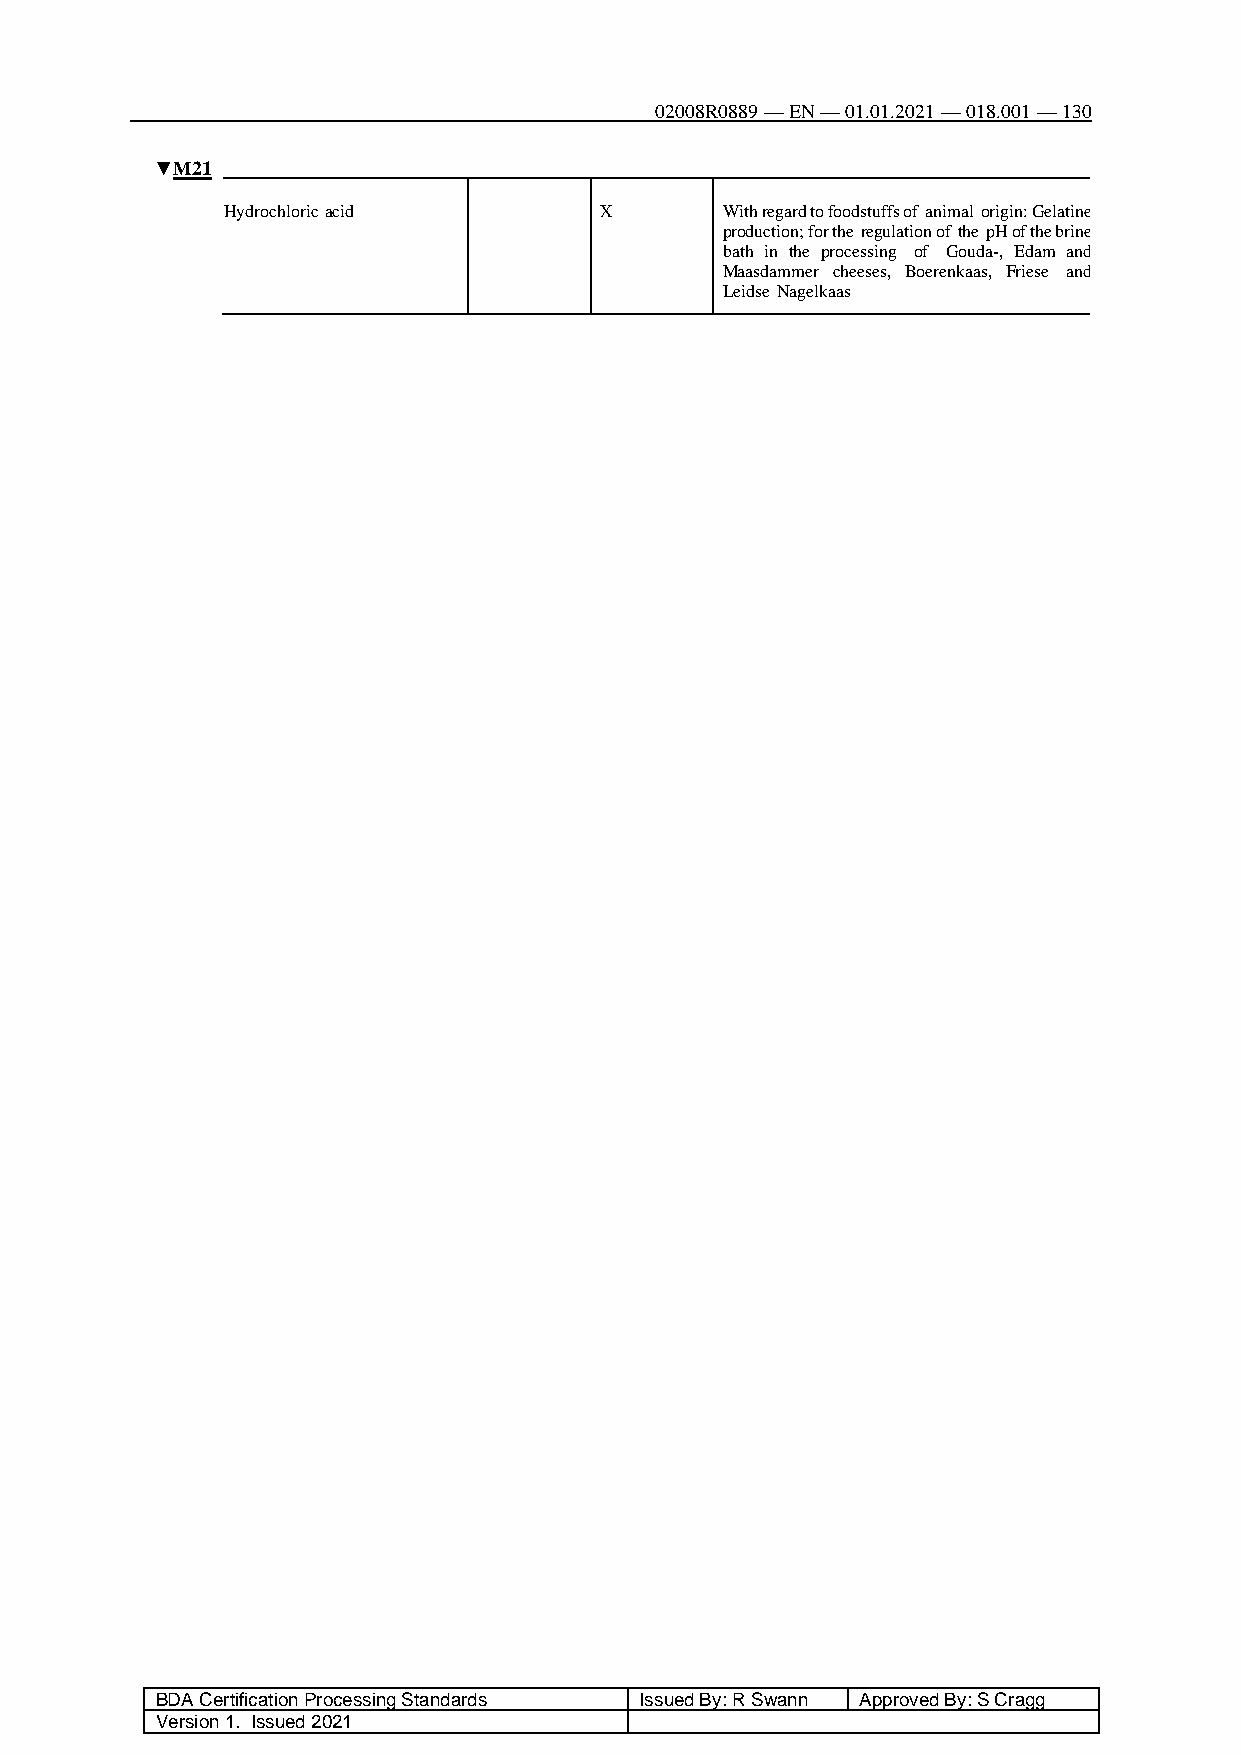
02008R0889 — EN — 01.01.2021 — 018.001 — 130
 ▼M21
 Hydrochloric acid        X       With regard to foodstuffs of animal origin: Gelatine
 production; for the regulation of the pH of the brine
 bath in the processing of Gouda-, Edam and
 Maasdammer cheeses, Boerenkaas, Friese and
 Leidse Nagelkaas
 BDA Certification Processing Standards Issued By: R Swann Approved By: S Cragg
 Version 1. Issued 2021